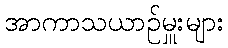
အာကာသယာဉ်မှူးများ